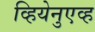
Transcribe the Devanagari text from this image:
व्हियेनुएव्ह